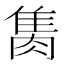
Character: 𨿇